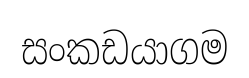
සංකඩයාගම